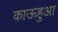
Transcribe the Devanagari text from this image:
काऊहुआ